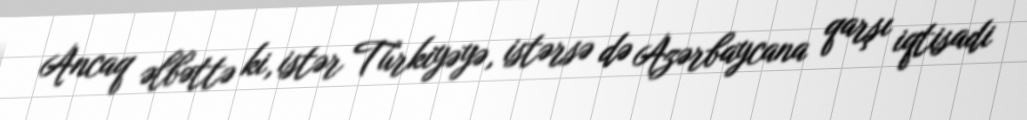
Ancaq əlbəttə ki, istər Türkiyəyə, istərsə də Azərbaycana qarşı iqtisadi